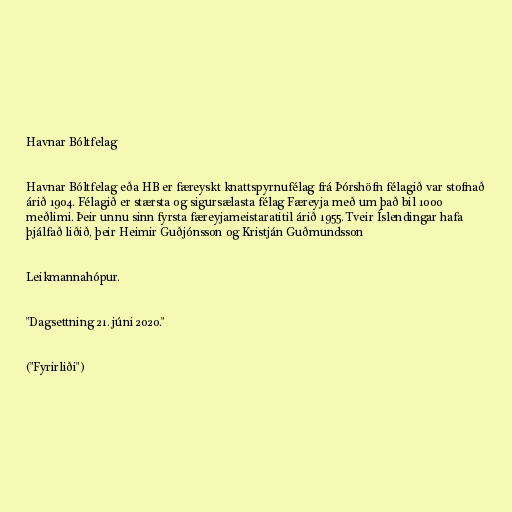
Havnar Bóltfelag

Havnar Bóltfelag eða HB er færeyskt knattspyrnufélag frá Þórshöfn félagið var stofnað
árið 1904. Félagið er stærsta og sigursælasta félag Færeyja með um það bil 1000
meðlimi. Þeir unnu sinn fyrsta færeyjameistaratitil árið 1955. Tveir Íslendingar hafa
þjálfað liðið, þeir Heimir Guðjónsson og Kristján Guðmundsson

Leikmannahópur.

"Dagsettning 21. júni 2020."

("Fyrirliði")